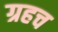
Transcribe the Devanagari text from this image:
ग्रहच